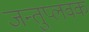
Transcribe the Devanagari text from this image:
जन्तुप्लवक